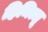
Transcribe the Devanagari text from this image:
हिमित्सू